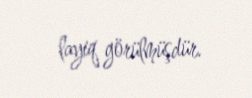
layiq görülmüşdür.